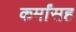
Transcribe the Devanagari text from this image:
कर्मांसह